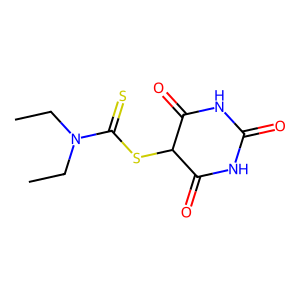
SMILES: CCN(CC)C(=S)SC1C(=O)NC(=O)NC1=O
Inhibits HIV replication: No